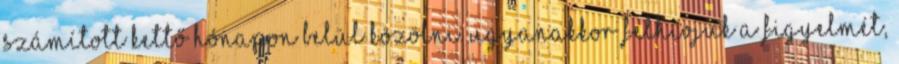
számított kettő hónapon belül közölni. Ugyanakkor felhívjuk a figyelmét,